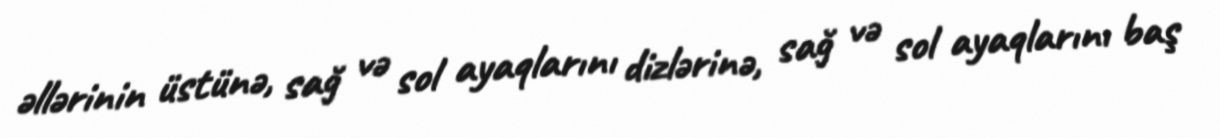
əllərinin üstünə, sağ və sol ayaqlarını dizlərinə, sağ və sol ayaqlarını baş